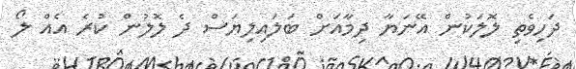
ދަހިވެތި ލޮލަކުން އޭނަޔާ ދިމާއަށް ބަލައިލިޔަސް ދެ ލޮލުން ކުރެ އެއް ލޯ